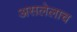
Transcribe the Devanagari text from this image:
असलेलाच